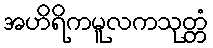
အဟိရိကမူလကသုတ္တံ